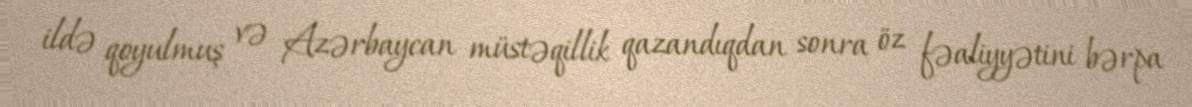
ildə qoyulmuş və Azərbaycan müstəqillik qazandıqdan sonra öz fəaliyyətini bərpa